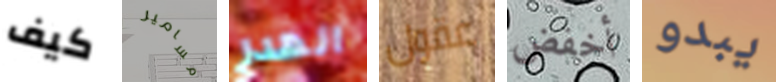
كيف مسامير الهدر عقول أخفض يبدو